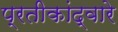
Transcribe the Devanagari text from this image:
प्रतीकांद्वारे